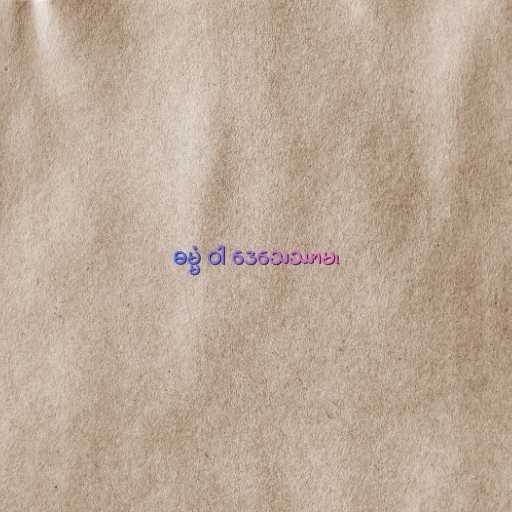
ဓမ္မံ ဝါ ဒေသေဿာမ၊